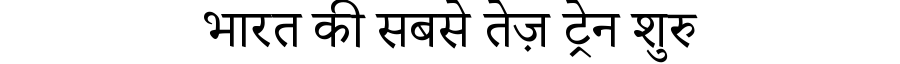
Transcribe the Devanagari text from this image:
भारत की सबसे तेज़ ट्रेन शुरु